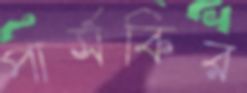
পার্সকির